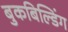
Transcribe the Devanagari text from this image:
बुकबिल्डिंग